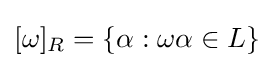
[\omega ]_{R}=\{\alpha :\omega \alpha \in L\}